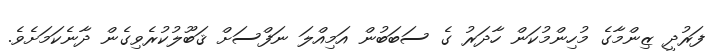
ފަރުދީ ޒިންމާގެ މުހިންމުކަން ހާދަރު ގެ ސަބަބުން އަމިއްލަ ނަފްސަށް ޤަބޫލުކުރެވިގެން ދާނެކަމަށެވެ.